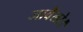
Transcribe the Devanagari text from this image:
जावैलो।